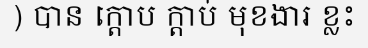
) បាន ក្តោប ក្តាប់ មុខងារ ខ្លះ